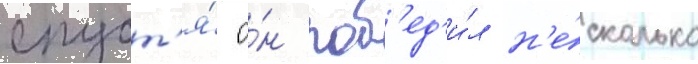
спуст'я́ о́н поб'ед'и́л н'е́сколько